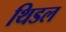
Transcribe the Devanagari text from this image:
थिडल